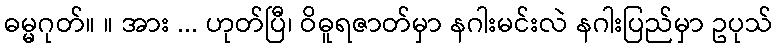
ဓမ္မဂုတ်။ ။ အား ... ဟုတ်ပြီ၊ ဝိဓူရဇာတ်မှာ နဂါးမင်းလဲ နဂါးပြည်မှာ ဥပုသ်